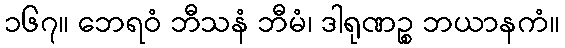
၁၆၇။ ဘေရဝံ ဘီသနံ ဘီမံ၊ ဒါရုဏဉ္စ ဘယာနကံ။